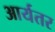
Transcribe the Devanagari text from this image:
आर्यतर